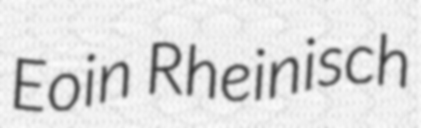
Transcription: Eoin Rheinisch